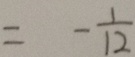
= - \frac { 1 } { 1 2 }